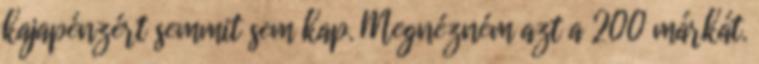
kajapénzért semmit sem kap. Megnézném azt a 200 márkát.